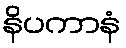
နိပကာနံ